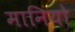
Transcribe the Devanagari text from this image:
मानियो